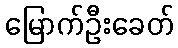
မြောက်ဦးခေတ်